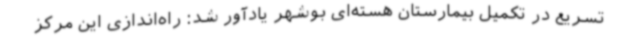
تسریع در تکمیل بیمارستان هسته‌ای بوشهر یادآور شد: راه‌اندازی این مرکز